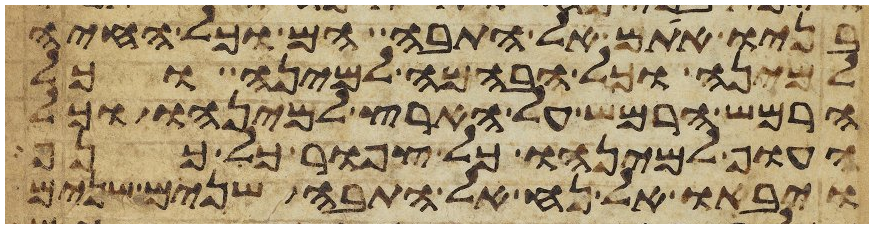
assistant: בניו אתם אל התבה הם וכל החיה
למינה וכל הבהמה למינה וכל
הרמש הרמש על הארץ למינהו וכל
העוף למינהו כל צפור כל כנף
ויבאו אל נח אל התבה שנים שנים